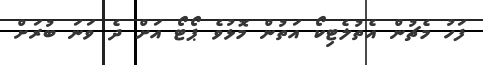
ފަހު މެޗުން އެތުލެޓިކޯ އަތުން މޮޅުވެ ޕޯޓޯ އަށް ދެ ވަނަ ބުރަށް